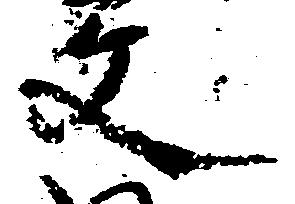
文